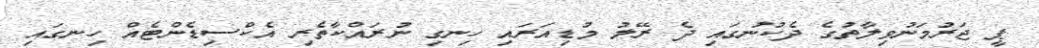
ޕީ ޖަރުމަނުވިލާތުގެ ދެކުނުގައި ދެ ރޭލު މުޑިއަރައި ހިނގި ނުރައްކާތެރި އެކްސިޑެންޓެއް ހިނގައި